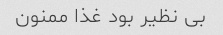
بی نظیر بود غذا ممنون